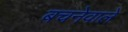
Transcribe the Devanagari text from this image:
बचनेवाले